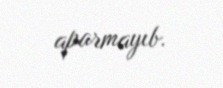
aparmayıb.